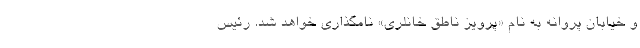
و خیابان پروانه به نام «پرویز ناطق خانلری» نامگذاری خواهد شد. رئیس